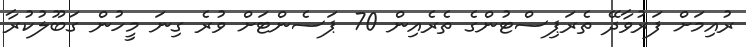
ރުއިމަށް ފަރުވާދޭ ތެރަޕިސްޓުންގެ ތެރެއިން 70 ޕަސެންޓަށް ވުރެ ގިނަ މީހުން ގަބޫލުކުރާ